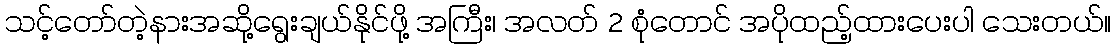
သင့်တော်တဲ့နားအဆို့ရွေးချယ်နိုင်ဖို့ အကြီး၊ အလတ် 2 စုံတောင် အပိုထည့်ထားပေးပါ သေးတယ်။